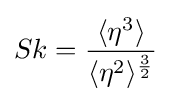
Sk={\frac {\langle \eta ^{3}\rangle }{\langle \eta ^{2}\rangle ^{\frac {3}{2}}}}